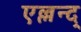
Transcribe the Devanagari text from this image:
एल्लन्द्